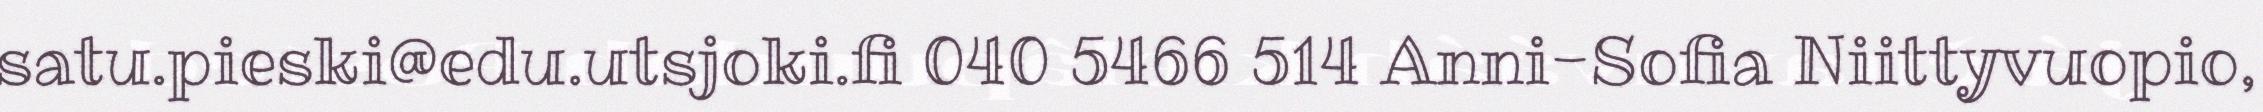
satu.pieski@edu.utsjoki.fi 040 5466 514 Anni-Sofia Niittyvuopio,